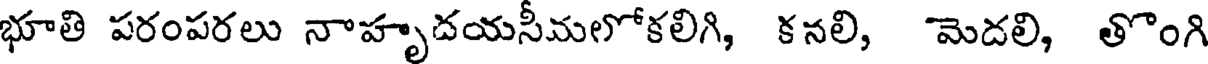
భూతి పరంపరలు నాహృదయసీమలోకలిగి, కనలి, మెదలి, తొంగి